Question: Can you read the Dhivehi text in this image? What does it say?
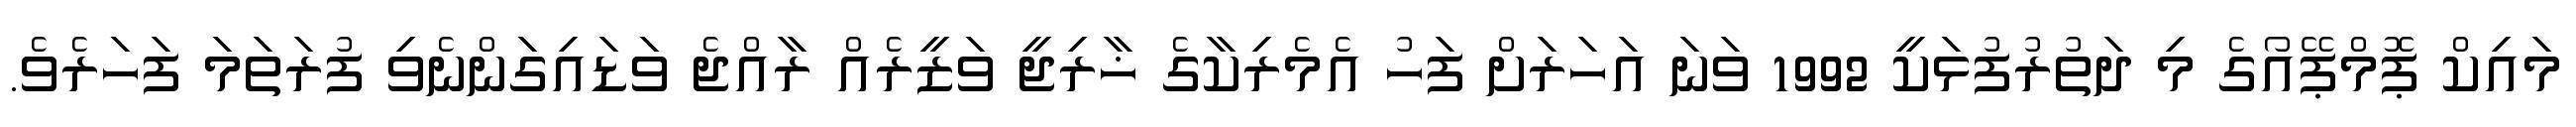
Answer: މައިކް ޕޮމްޕޭއޯގެ މި ދަތުރުފުޅަކީ 1992 ވަނަ އަހަރަށް ފަހު އެމެރިކާގެ ޚާރިޖީ ވަޒީރެއް ރާއްޖެ ވަޑައިގަންނެވި ފުރަތަމަ ފަހަރެވެ.